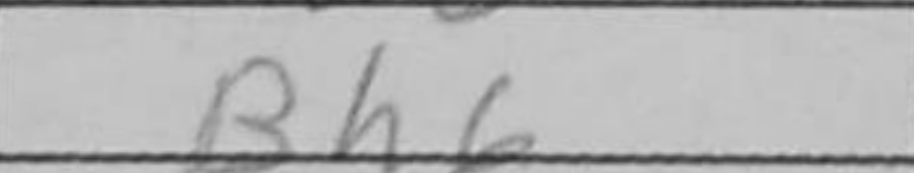
Transcription: Bh6